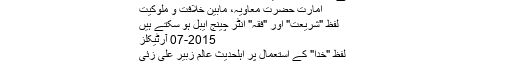
سنت کے ساتھ بدعت کا ایک گونہ خلط... اور "فقہِ موازنات"
امارتِ حضرت معاویہؓ، مابین خلافت و ملوکیت
لفظ "شریعت" اور "فقہ" انٹر چینج ایبل ہو سکتے ہیں
2015-07 آرٹیکلز
لفظ "خدا" کے استعمال پر اہلحدیث عالم زبیر علی زئیؒ
اللہ کےلیے خدا کا لفظ بالاجماع جائز ہے۔